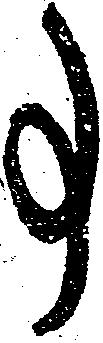
事